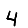
Digit: 4